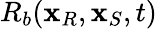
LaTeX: R_{b}(\mathbf{x}_{R},\mathbf{x}_{S},t)